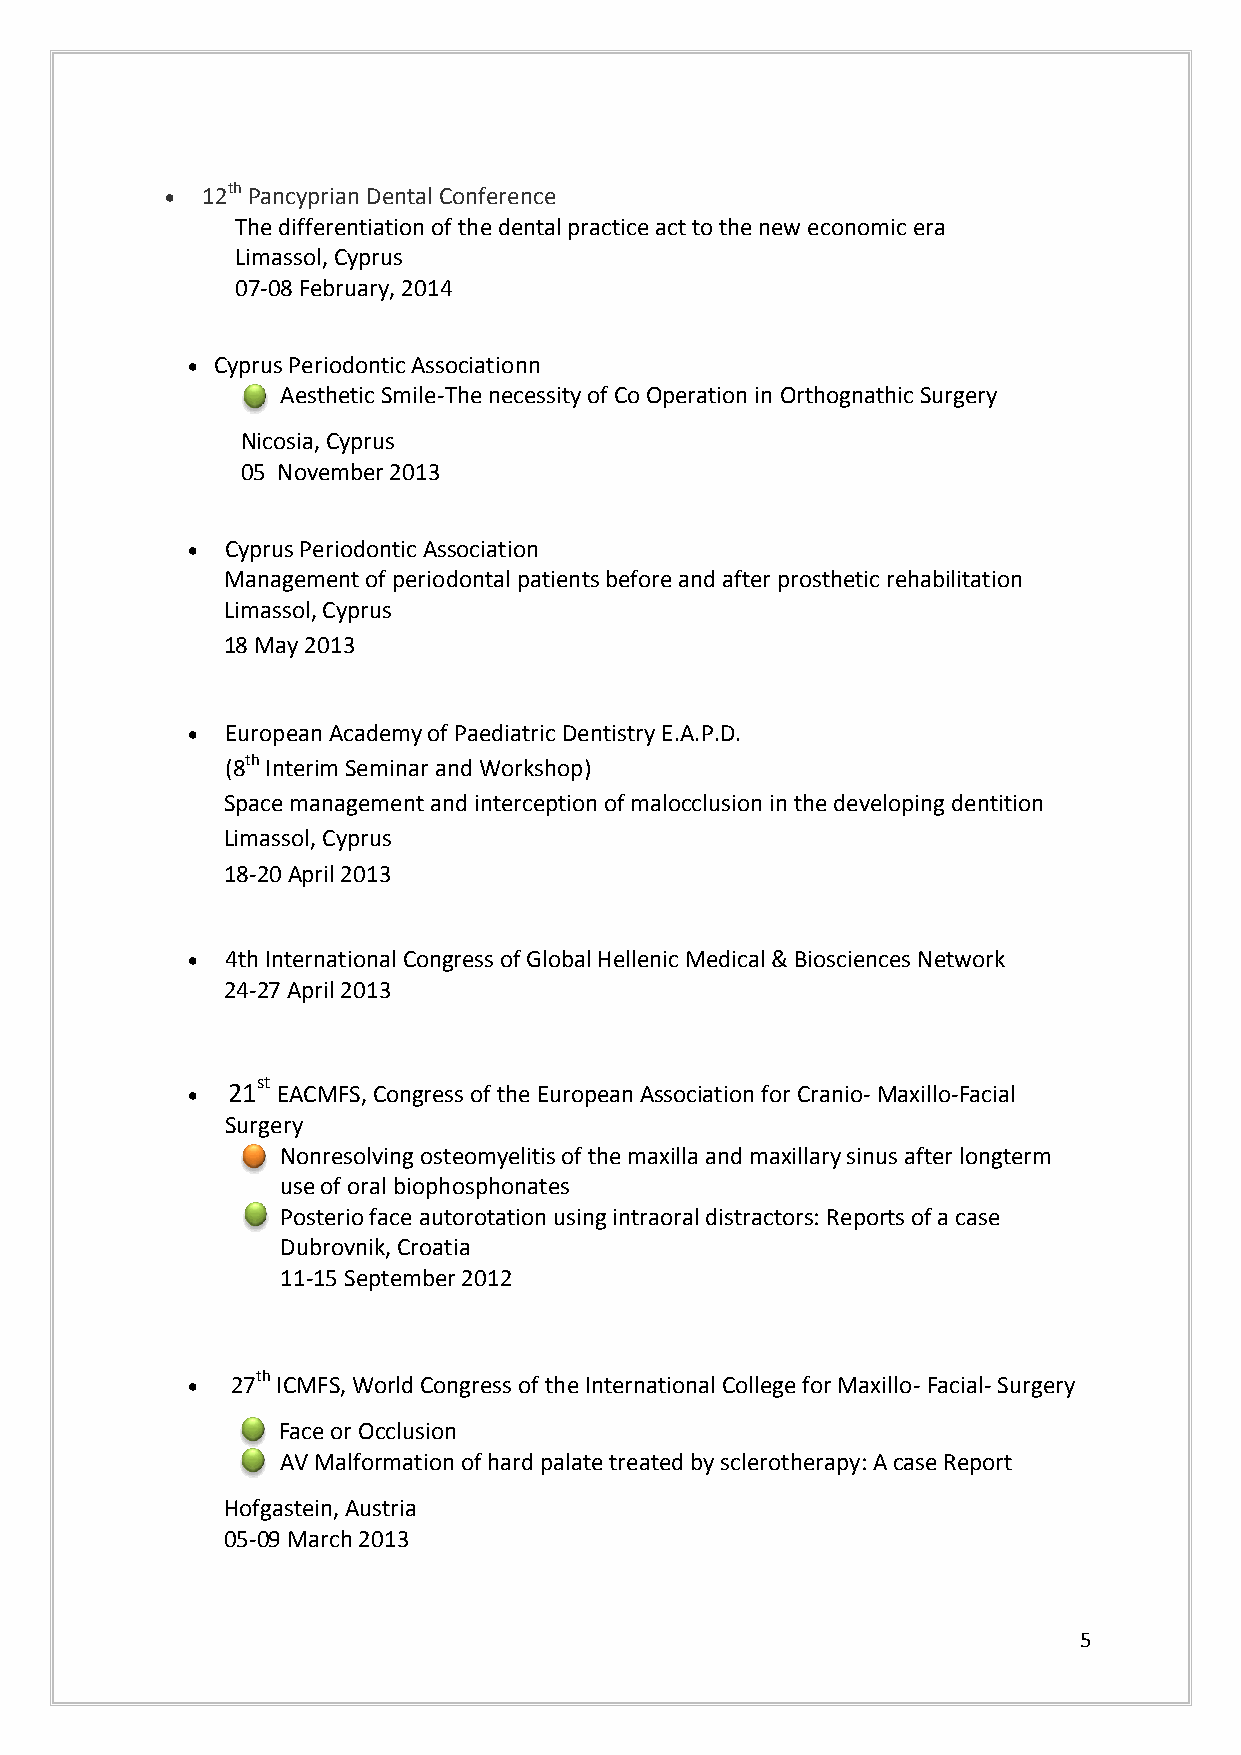
 12th Pancyprian Dental Conference
 The differentiation of the dental practice act to the new economic era
 Limassol, Cyprus
 07-08 February, 2014
  Cyprus Periodontic Associationn
 Aesthetic Smile-The necessity of Co Operation in Orthognathic Surgery
 v
 Nivcosia, Cyprus
 05c November 2013
 c
   Cyprus Periodontic Association
 Management of periodontal patients before and after prosthetic rehabilitation
 Limassol, Cyprus
 18 May 2013
   European Academy of Paediatric Dentistry E.A.P.D.
 (8th Interim Seminar and Workshop)
 Space management and interception of malocclusion in the developing dentition
 Limassol, Cyprus
 18-20 April 2013
   4th International Congress of Global Hellenic Medical & Biosciences Network
 24-27 April 2013
 st
   21 EACMFS, Congress of the European Association for Cranio- Maxillo-Facial
 Surgery
 Nonresolving osteomyelitis of the maxilla and maxillary sinus after longterm
 use of oral biophosphonates
 Posterio face autorotation using intraoral distractors: Reports of a case
 v
 Dubrovnik, Croatia
 11-15 September 2012
   27th ICMFS, World Congress of the International College for Maxillo- Facial- Surgery
 Face or Occlusion
 v
 AV Malformation of hard palate treated by sclerotherapy: A case Report
 v
 Hofgastein, Austria
 05-09 March 2013
 5